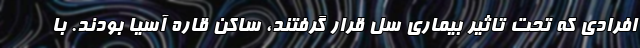
افرادی که تحت تاثیر بیماری سل قرار گرفتند، ساکن قاره آسیا بودند. با